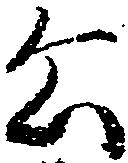
公